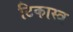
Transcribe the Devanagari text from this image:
टिकास्त्र